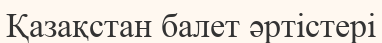
Қазақстан балет әртістері